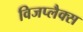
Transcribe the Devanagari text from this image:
विजप्लैक्स